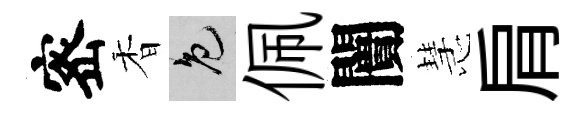
宻香色佩闠慧肩